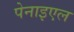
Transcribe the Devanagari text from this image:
पेनाइएल